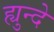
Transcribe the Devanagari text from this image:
ह्युन्दे